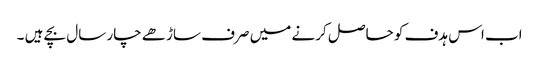
اب اس ہدف کو حاصل کرنے میں صرف ساڑھے چار سال بچے ہیں ۔